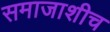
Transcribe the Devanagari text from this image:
समाजाशीच